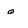
Character: o